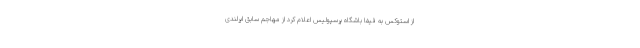
از استوکس به فیفا باشگاه پرسپولیس اعلام کرد از مهاجم سابق ایرلندی